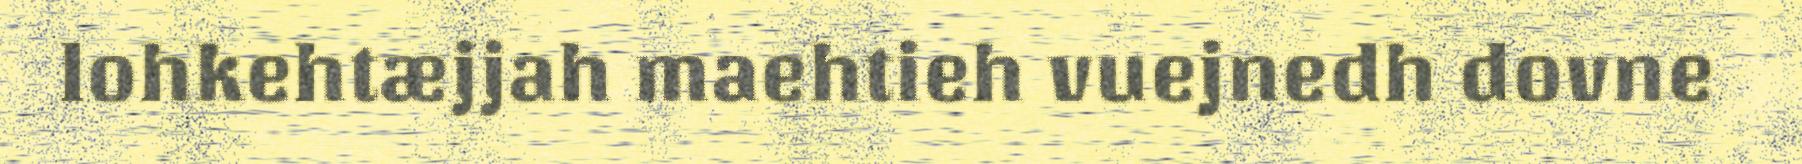
lohkehtæjjah maehtieh vuejnedh dovne